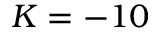
K = - 1 0